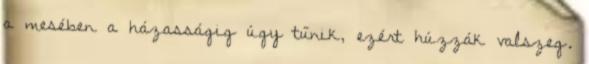
a mesében a házasságig úgy tűnik, ezért húzzák valszeg.